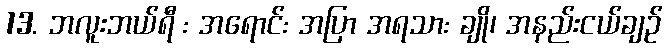
13. ဘလူးဘယ်ရီ : အရောင်: အပြာ အရသာ: ချို၊ အနည်းငယ်ချဉ်